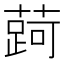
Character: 𬞐